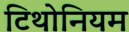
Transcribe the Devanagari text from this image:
टिथोनियम